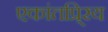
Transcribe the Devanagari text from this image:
एकांतप्र्रिय